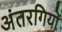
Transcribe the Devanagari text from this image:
अंतरगियों